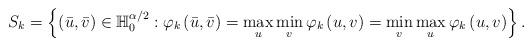
LaTeX: \begin{align*}S_{k}=\left\{ \left( \bar{u},\bar{v}\right) \in\mathbb{H}_{0}^{\alpha/2}:\varphi_{k}\left( \bar{u},\bar{v}\right) =\max\limits_{u}\min\limits_{v}\varphi_{k}\left( u,v\right) =\min\limits_{v}\max\limits_{u}\varphi_{k}\left( u,v\right) \right\} . \end{align*}